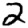
Digit: 2